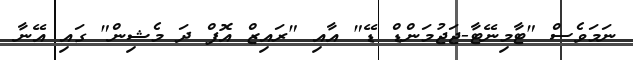
ނަމަވެސް "ޓާމިނޭޓާ-ޖަޖުމަންޑް ޑޭ" އާއި "ރައިޒް އޮފް ދަ މެޝިން" ގައި އޭނާ